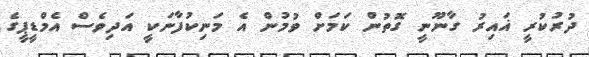
ދުރުކުރީ ޣައިރު ގާނޫނީ ގޮތުން ކަމަށް ވުމުން އެ މަނިކުފާނަކީ އަދިވެސް އެމްޑީޕީގެ